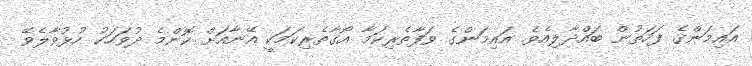
އައިމަންގެ ފަހަތުން ބައްދާލިއެވެ. އައިމަންގެ ވަފާތެރިކަމާ އޯގާތެރިކަމަކީ އޭނާއަށް ކޮންމެ ދުވަހަކު ހުޅުވާލެވޭ